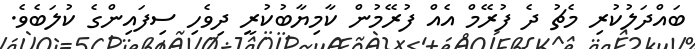
ބައްދަލުކުރި މެޗު ދެ ފުރޭމް އެއް ފުރޭމުން ކާމިޔާބުކުރީ ދިވެހި ސިފައިންގެ ކުލަބެވެ.